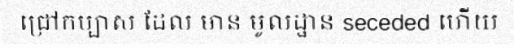
ជ្រៅកប្បាស ដែល មាន មូលដ្ឋាន seceded ហើយ